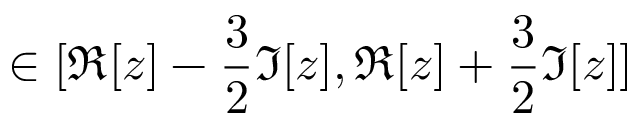
\in [ \Re [ z ] - \frac { 3 } { 2 } \Im [ z ] , \Re [ z ] + \frac { 3 } { 2 } \Im [ z ] ]